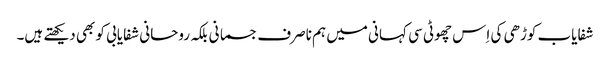
شفایاب کوڑھی کی اِس چھوٹی سی کہانی میں ہم ناصرف جسمانی بلکہ روحانی شفایابی کو بھی دیکھتے ہیں۔